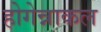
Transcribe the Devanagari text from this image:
होगेन्नाकल